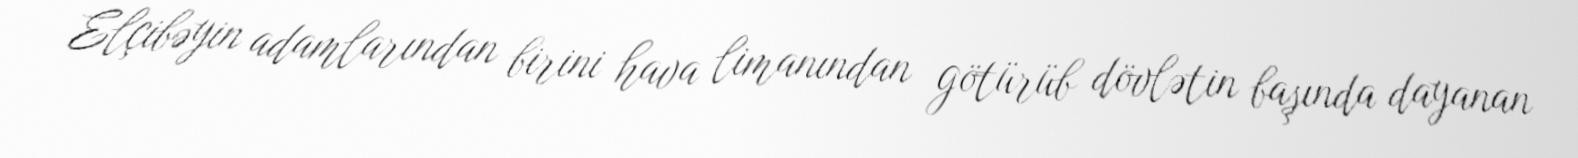
Elçibəyin adamlarından birini hava limanından götürüb dövlətin başında dayanan